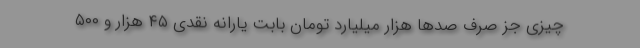
چیزی جز صرف صدها هزار میلیارد تومان بابت یارانه نقدی ۴۵ هزار و ۵۰۰